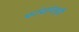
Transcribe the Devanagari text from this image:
फांद्यांवरही